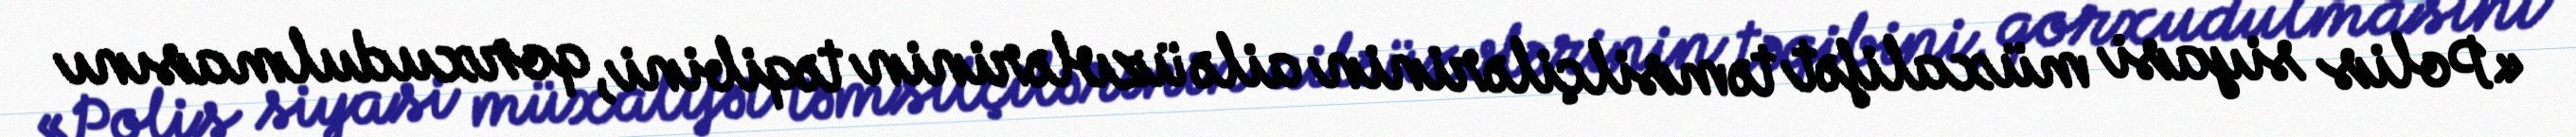
«Polis siyasi müxalifət təmsilçilərinin ailə üzvlərinin təqibini, qorxudulmasını